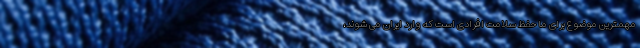
مهمترین موضوع برای ما حفظ سلامت افرادی است که وارد ایران می شوند،